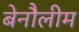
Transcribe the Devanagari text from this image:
बेनौलीम